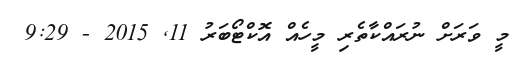
މީ ވަރަށް ނުރައްކާތެރި މީހެއް އޮކްޓޯބަރު 11